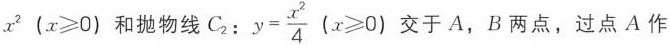
$$x^{2}(x≥0)$$和抛物线C_{2}： $$y= \frac{x^{2}}{4}(x \geq 0$$ 交于A，B两点，过点A作